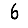
Digit: 6